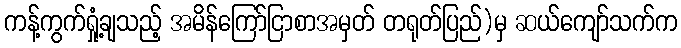
ကန့်ကွက်ရှုံ့ချသည့် အမိန်ကြော်ငြာစာအမှတ် တရုတ်ပြည်)မှ ဆယ်ကျော်သက်က